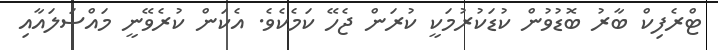
ޓްރެފިކް ބާރު ބޮޑުވުން ކުޑަކުރުމަކީ ކުރަން ޖެހޭ ކަމެކެވެ. އެކަން ކުރެވޭނީ މައްސަލައާއި